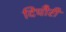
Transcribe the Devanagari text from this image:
दिघौरी